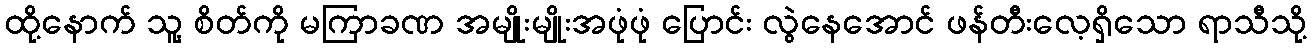
ထို့နောက် သူ့ စိတ်ကို မကြာခဏ အမျိုးမျိုးအဖုံဖုံ ပြောင်း လွဲနေအောင် ဖန်တီးလေ့ရှိသော ရာသီသို့